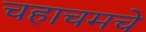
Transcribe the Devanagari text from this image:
चहाचमचे